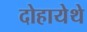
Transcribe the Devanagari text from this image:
दोहायेथे